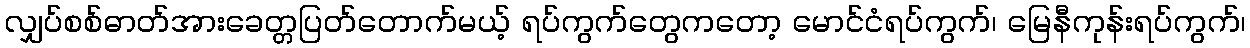
လျှပ်စစ်ဓာတ်အားခေတ္တပြတ်တောက်မယ့် ရပ်ကွက်တွေကတော့ မောင်ငံရပ်ကွက်၊ မြေနီကုန်းရပ်ကွက်၊